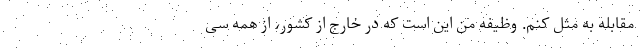
مقابله به مثل کنم. وظیفه من این است که در خارج از کشور، از همه سی